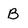
Character: B